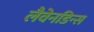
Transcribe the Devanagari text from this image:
लैवेनडिन्स